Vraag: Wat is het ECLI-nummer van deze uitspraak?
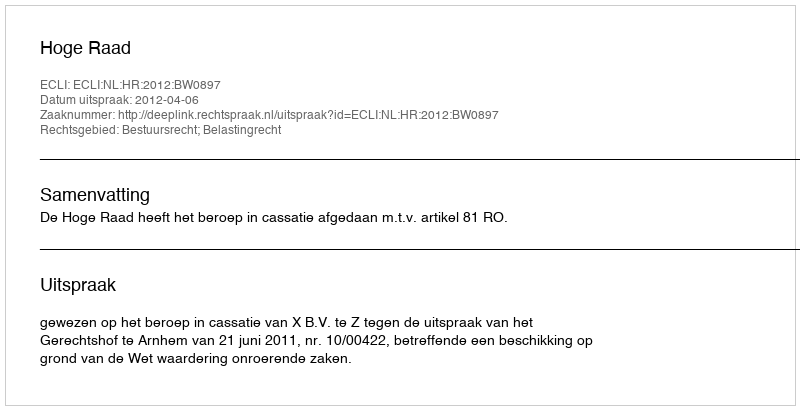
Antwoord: ECLI:NL:HR:2012:BW0897